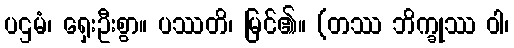
ပဌမံ၊ ရှေးဦးစွာ။ ပဿတိ၊ မြင်၏။ (တဿ ဘိက္ခုဿ ဝါ၊